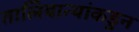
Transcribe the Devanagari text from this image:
तालिबान्यांकडुन